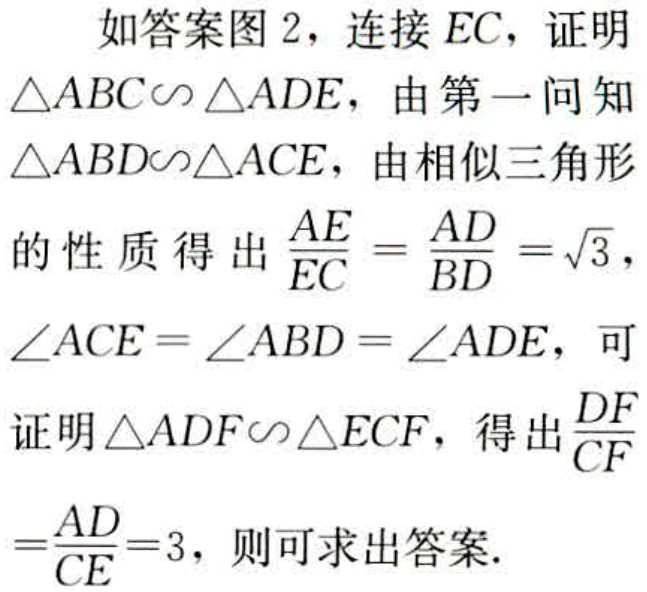
如答案图 2，连接 \(EC\)，证明

\(\triangle ABC\sim\triangle ADE\)，由第一问知

\(\triangle ABD\sim\triangle ACE\)，由相似三角形

的性质得出 \(\frac{AE}{EC}=\frac{AD}{BD}=\sqrt{3}\)，

\(\angle ACE = \angle ABD=\angle ADE\)，可

证明 \(\triangle ADF\sim\triangle ECF\)，得出 \(\frac{DF}{CF}\)

\(=\frac{AD}{CE}=3\)，则可求出答案.